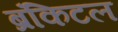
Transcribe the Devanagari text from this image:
ब्रंकिटल